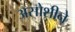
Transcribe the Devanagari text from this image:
असोशीने